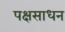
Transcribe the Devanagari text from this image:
पक्षसाधन